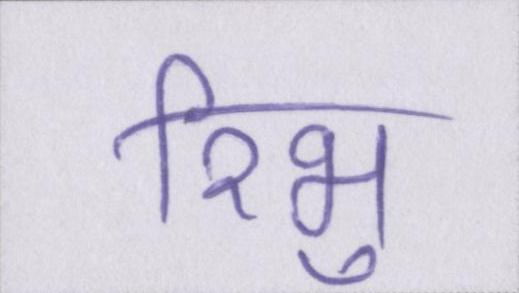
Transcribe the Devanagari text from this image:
रिभु